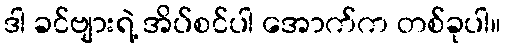
ဒါ ခင်ဗျားရဲ့ အိပ်စင်ပါ အောက်က တစ်ခုပါ။